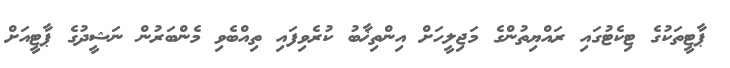
ޕާޓީތަކުގެ ޓިކެޓުގައި ރައްޔިތުންގެ މަޖިލީހަށް އިންތިޚާބު ކުރެވިފައި ތިއްބެވި މެންބަރުން ނަޝީދުގެ ޕާޓީއަށް